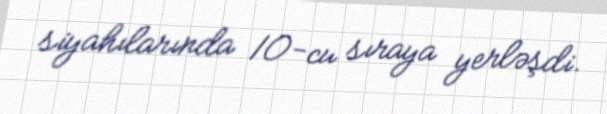
siyahılarında 10-cu sıraya yerləşdi.